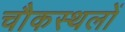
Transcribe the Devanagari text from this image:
चौकस्थलों